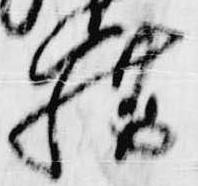
籍